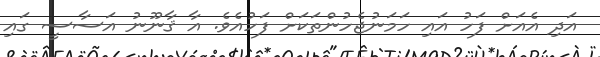
އަދި އެއަށް ފަހު އައި ހަމަނުޖެހުންތަކަށް ފަހުއެވެ. އާ ޤާނޫނު އަސާސީ ގައި